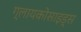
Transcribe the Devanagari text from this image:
ग्लायकोसाइड्‌स